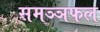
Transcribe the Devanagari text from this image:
समञ्ञफल